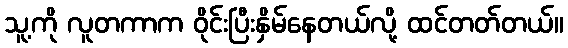
သူ့ကို လူတကာက ဝိုင်းပြီးနှိမ်နေတယ်လို့ ထင်တတ်တယ်။